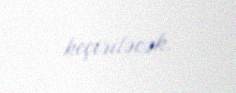
keçiriləcək.